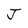
Character: J